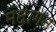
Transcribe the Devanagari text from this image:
मंदागन